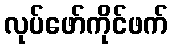
လုပ်ဖော်ကိုင်ဖက်